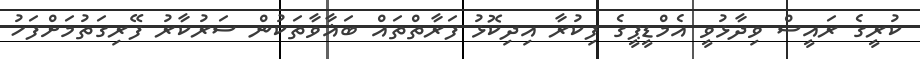
ކުރީގެ ރައީސް ވިދާޅުވީ އެމްޑީޕީގެ ފިކުރާ އިދިކޮޅު ފަރާތްތައް ބަޣާވާތަކުން ސަރުކާރު ފޭރިގަތުމަށްފަހު